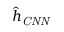
\hat { h } _ { \mathit { C N N } }